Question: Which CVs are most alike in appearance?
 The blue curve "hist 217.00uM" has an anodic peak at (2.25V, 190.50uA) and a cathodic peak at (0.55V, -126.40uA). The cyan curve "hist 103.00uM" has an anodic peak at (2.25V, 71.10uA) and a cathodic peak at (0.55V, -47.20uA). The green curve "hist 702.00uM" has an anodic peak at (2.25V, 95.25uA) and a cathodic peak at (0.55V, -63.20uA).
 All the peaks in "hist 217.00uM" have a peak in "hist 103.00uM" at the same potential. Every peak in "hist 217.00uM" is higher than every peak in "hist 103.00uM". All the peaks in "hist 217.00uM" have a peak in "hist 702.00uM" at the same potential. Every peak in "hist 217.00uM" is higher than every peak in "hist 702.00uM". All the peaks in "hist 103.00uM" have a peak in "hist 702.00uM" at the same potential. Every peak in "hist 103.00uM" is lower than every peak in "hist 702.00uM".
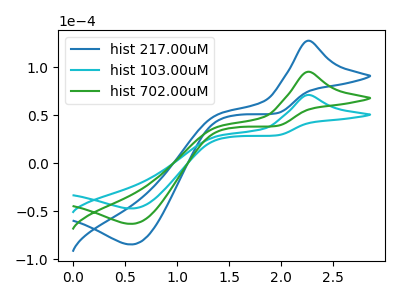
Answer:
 <answer>"hist 103.00uM", "hist 217.00uM" and "hist 702.00uM" have the same shape and are likely CV's of the same chemical.</answer>
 <eval>"hist 103.00uM" "hist 217.00uM" "hist 702.00uM"</eval>